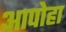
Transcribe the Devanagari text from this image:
आपोहा